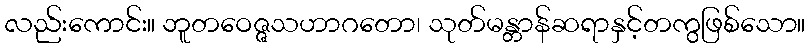
လည်းကောင်း။ ဘူတဝေဇ္ဇသဟာဂတော၊ သုတ်မန္တာန်ဆရာနှင့်တကွဖြစ်သော။